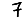
Digit: 7